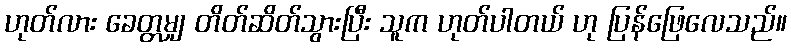
ဟုတ်လား ခေတ္တမျှ တိတ်ဆိတ်သွားပြီး သူက ဟုတ်ပါတယ် ဟု ပြန်ဖြေလေသည်။